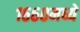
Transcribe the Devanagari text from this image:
१६६०मध्ये